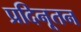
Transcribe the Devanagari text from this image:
प्रदिनूतन